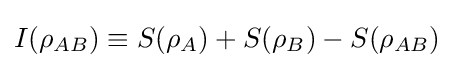
I(\rho _{AB})\equiv S(\rho _{A})+S(\rho _{B})-S(\rho _{AB})